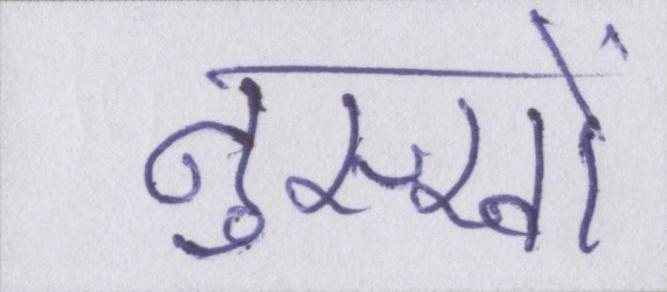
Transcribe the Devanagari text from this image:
नुस्खों